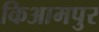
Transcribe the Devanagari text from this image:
किआमपुर